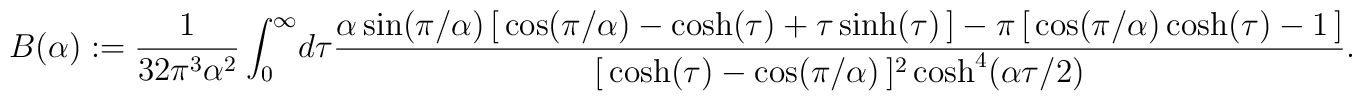
B(\alpha) := \frac{1}{32\pi^3\alpha^2}\int_0^\infty\! d\tau\frac{\alpha\sin(\pi/\alpha)\,[\, \cos(\pi/\alpha) -\cosh(\tau)+\tau\sinh(\tau)\, ] - \pi\, [\, \cos(\pi/\alpha)\cosh(\tau)-1\, ]}{[\,\cosh(\tau)-\cos(\pi/\alpha)\,]^2\cosh^4(\alpha\tau/2)}.